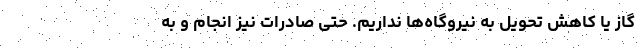
گاز یا کاهش تحویل به نیروگاه‌ها نداریم. حتی صادرات نیز انجام و به